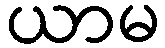
ယာမ